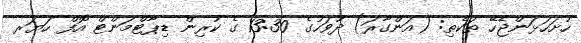
ހުށަހަޅަންޖެހޭ ތަކެތި: (އަންގާރަ) ދުވަހުގެ 13:30 ގެ ކުރިން ޑިޕާޓްމަންޓް އޮފް ހަޔަރ